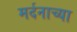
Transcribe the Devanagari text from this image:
मर्दनाच्या